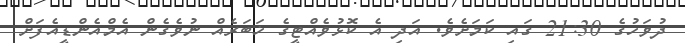
ދުވަހުގެ 21:30 ގައި ކަމަށެވެ. އަދި އެ ކޮޅުވެއްޓީގެ ޚަބަރެއް ނުވެގެން އެމްއެންޑީއެފަށް